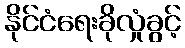
နိုင်ငံရေးခိုလှုံခွင့်